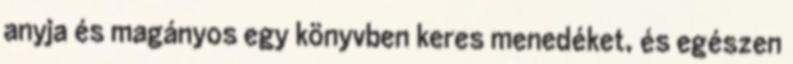
anyja és magányos egy könyvben keres menedéket, és egészen